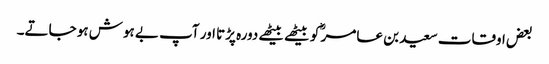
بعض اوقات سعید بن عامر ؓ کو بیٹھے بیٹھے دورہ پڑتا اور آپ بے ہوش ہو جاتے۔